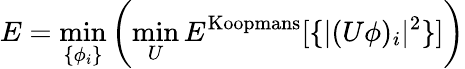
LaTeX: E=\operatorname*{min}_{\{ \phi_{i}\} }\left(\operatorname*{min}_{U}E^{\mathrm{Koopmans}}[\{ |(U\phi)_{i}|^{2}\} ]\right)